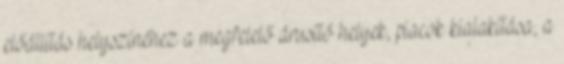
előállítás helyszínéhez a megfelelő árusító helyek, piacok kialakítása, a